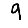
Digit: 9